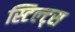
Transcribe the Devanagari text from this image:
स्टिल्ट्स